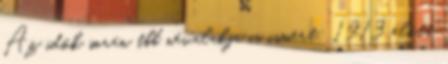
Az idők során tbb névalakja is ismert: 1913 előtt